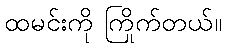
ထမင်းကို ကြိုက်တယ်။